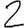
Digit: 2